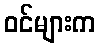
ဝင်များက